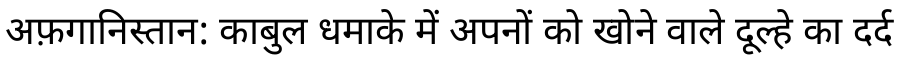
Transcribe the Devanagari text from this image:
अफ़गानिस्तान: काबुल धमाके में अपनों को खोने वाले दूल्हे का दर्द